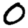
Digit: 0